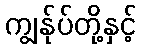
ကျွန်ုပ်တို့နှင့်